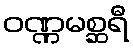
ဝဏ္ဏမစ္ဆရီ